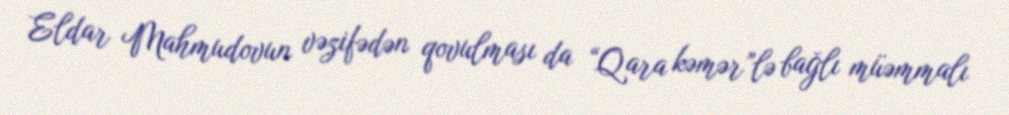
Eldar Mahmudovun vəzifədən qovulması da “Qara kəmər”lə bağlı müəmmalı